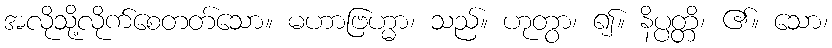
အလိုသို့လိုက်စေတတ်သော။ မဟာဗြဟ္မာ၊ သည်။ ဟုတွာ၊ ၍။ နိပ္ပတ္တိ၊ ၏။ သော၊